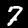
Label: 7